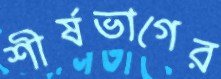
শীর্ষভাগের